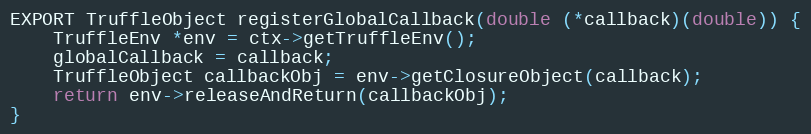
Language: C++
EXPORT TruffleObject registerGlobalCallback(double (*callback)(double)) {
    TruffleEnv *env = ctx->getTruffleEnv();
    globalCallback = callback;
    TruffleObject callbackObj = env->getClosureObject(callback);
    return env->releaseAndReturn(callbackObj);
}